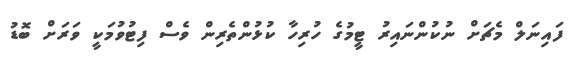
ފައިނަލް މެޗަށް ނުކުންނައިރު ޓީމުގެ ހުރިހާ ކުޅުންތެރިން ވެސް ފިޓުވުމަކީ ވަރަށް ބޮޑު